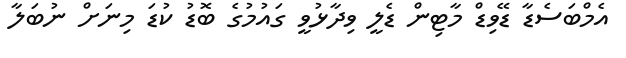
އެމްބަސެޑާ ޑޭވިޑް މާޓިން ޑެލީ ވިދާޅުވީ ގައުމުގެ ބޮޑު ކުޑަ މިނަށް ނުބަލާ